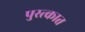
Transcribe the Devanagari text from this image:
पुस्त्कात